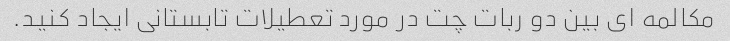
مکالمه ای بین دو ربات چت در مورد تعطیلات تابستانی ایجاد کنید.